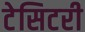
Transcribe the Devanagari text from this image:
टेसिटरी